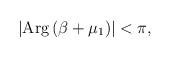
LaTeX: \begin{align*}\left| \mbox {Arg}\left( \beta +\mu _{1}\right) \right| <\pi ,\end{align*}